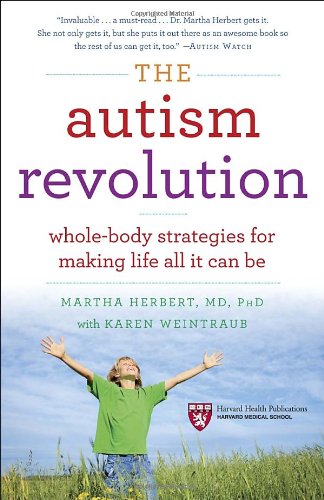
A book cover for The Autism Revolution: Whole-Body Strategies for Making Life All It Can Be; Dr. Martha Herbert; Parenting & Relationships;